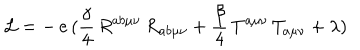
LaTeX: { \cal { L } } = - \, e \, ( \frac { \gamma } { 4 } \, R ^ { a b \mu \nu } \, R _ { a b \mu \nu } + \frac { \beta } { 4 } \, T ^ { a \mu \nu } \, T _ { a \mu \nu } + \lambda )